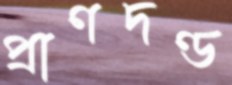
প্রাণদণ্ড